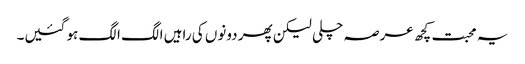
یہ محبت کچھ عرصہ چلی لیکن پھر دونوں کی راہیں الگ الگ ہو گئیں۔